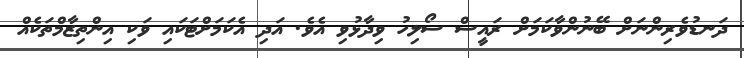
ދަނޑުވެރިންނަށް ބޭނުންވާކަމަަށް ރައީސް ސޯލިހު ވިދާޅުވި އެވެ. އަދި އެކަަމަށްޓަކައި ވަކި އިންތިޒާމްތަކެއް